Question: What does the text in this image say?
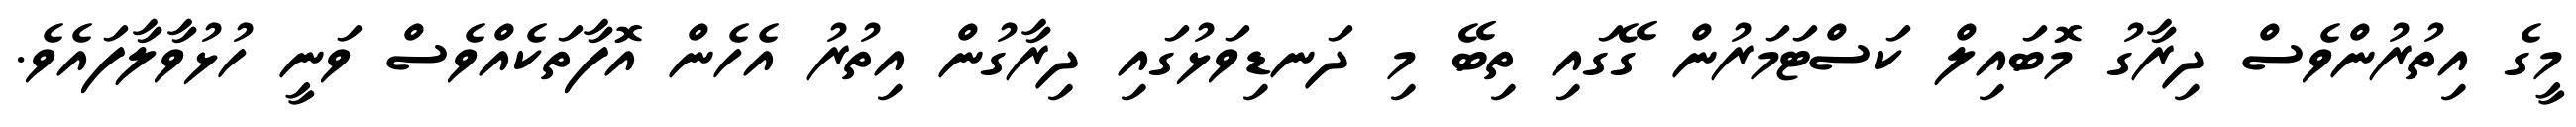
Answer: މީގެ އިތުރުންވެސް ދިރާގު މޮބައިލް ކަސްޓަމަރުން ގޭގައި ތިބޭ މި ދަނޑިވަޅުގައި ދިރާގުން އިތުރު އެހެން އޮފާތަކެއްވެސް ވަނީ ހުޅުވާލާފައެވެ.